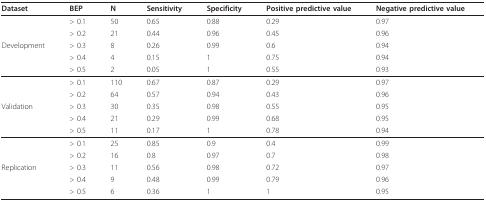
<table><thead><tr><td><b>Dataset</b></td><td><b>BEP</b></td><td><b>N</b></td><td><b>Sensitivity</b></td><td><b>Specificity</b></td><td><b>Positive predictive value</b></td><td><b>Negative predictive value</b></td></tr></thead><tbody><tr><td></td><td>&gt; 0.1</td><td>50</td><td>0.65</td><td>0.88</td><td>0.29</td><td>0.97</td></tr><tr><td></td><td>&gt; 0.2</td><td>21</td><td>0.44</td><td>0.96</td><td>0.45</td><td>0.96</td></tr><tr><td>Development</td><td>&gt; 0.3</td><td>8</td><td>0.26</td><td>0.99</td><td>0.6</td><td>0.94</td></tr><tr><td></td><td>&gt; 0.4</td><td>4</td><td>0.15</td><td>1</td><td>0.75</td><td>0.94</td></tr><tr><td></td><td>&gt; 0.5</td><td>2</td><td>0.05</td><td>1</td><td>0.55</td><td>0.93</td></tr><tr><td></td><td>&gt; 0.1</td><td>110</td><td>0.67</td><td>0.87</td><td>0.29</td><td>0.97</td></tr><tr><td></td><td>&gt; 0.2</td><td>64</td><td>0.57</td><td>0.94</td><td>0.43</td><td>0.96</td></tr><tr><td>Validation</td><td>&gt; 0.3</td><td>30</td><td>0.35</td><td>0.98</td><td>0.55</td><td>0.95</td></tr><tr><td></td><td>&gt; 0.4</td><td>21</td><td>0.29</td><td>0.99</td><td>0.68</td><td>0.95</td></tr><tr><td></td><td>&gt; 0.5</td><td>11</td><td>0.17</td><td>1</td><td>0.78</td><td>0.94</td></tr><tr><td></td><td>&gt; 0.1</td><td>25</td><td>0.85</td><td>0.9</td><td>0.4</td><td>0.99</td></tr><tr><td></td><td>&gt; 0.2</td><td>16</td><td>0.8</td><td>0.97</td><td>0.7</td><td>0.98</td></tr><tr><td>Replication</td><td>&gt; 0.3</td><td>11</td><td>0.56</td><td>0.98</td><td>0.72</td><td>0.97</td></tr><tr><td></td><td>&gt; 0.4</td><td>9</td><td>0.48</td><td>0.99</td><td>0.79</td><td>0.96</td></tr><tr><td></td><td>&gt; 0.5</td><td>6</td><td>0.36</td><td>1</td><td>1</td><td>0.95</td></tr></tbody></table>